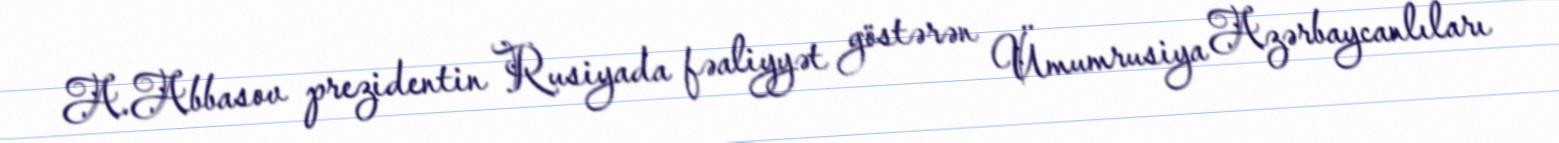
A.Abbasov prezidentin Rusiyada fəaliyyət göstərən Ümumrusiya Azərbaycanlıları